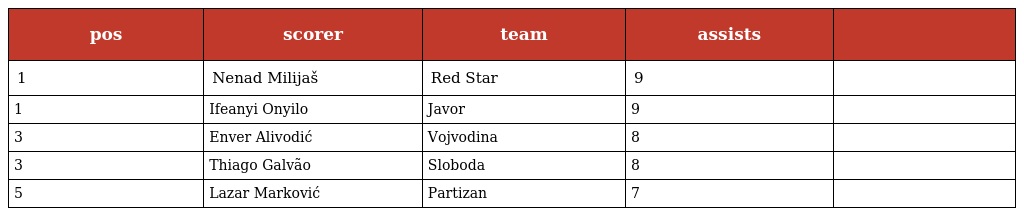
| pos | scorer | team | assists |  |
 | --- | --- | --- | --- | --- |
 | 1 | Nenad Milijaš | Red Star | 9 |  |
 | 1 | Ifeanyi Onyilo | Javor | 9 |  |
 | 3 | Enver Alivodić | Vojvodina | 8 |  |
 | 3 | Thiago Galvão | Sloboda | 8 |  |
 | 5 | Lazar Marković | Partizan | 7 |  |